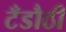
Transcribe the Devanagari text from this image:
टँडौठी